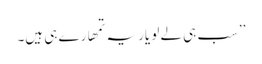
’’سب ہی لے لو یار یہ تمھارے ہی ہیں۔